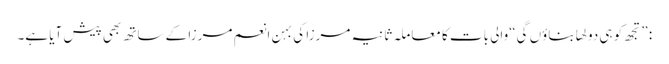
: ”تجھ کو ہی دولھا بناؤں گی“والی بات کا معاملہ ثانیہ مرزا کی بہن انعم مرزا کے ساتھ بھی پیش آیا ہے۔